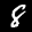
Label: 8